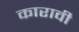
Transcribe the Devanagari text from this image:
कारावी